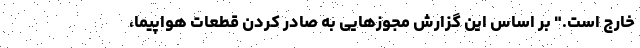
خارج است." بر اساس این گزارش مجوزهایی به صادر کردن قطعات هواپیما،